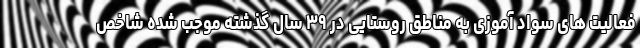
فعالیت های سواد آموزی به مناطق روستایی در ۳۹ سال گذشته موجب شده شاخص